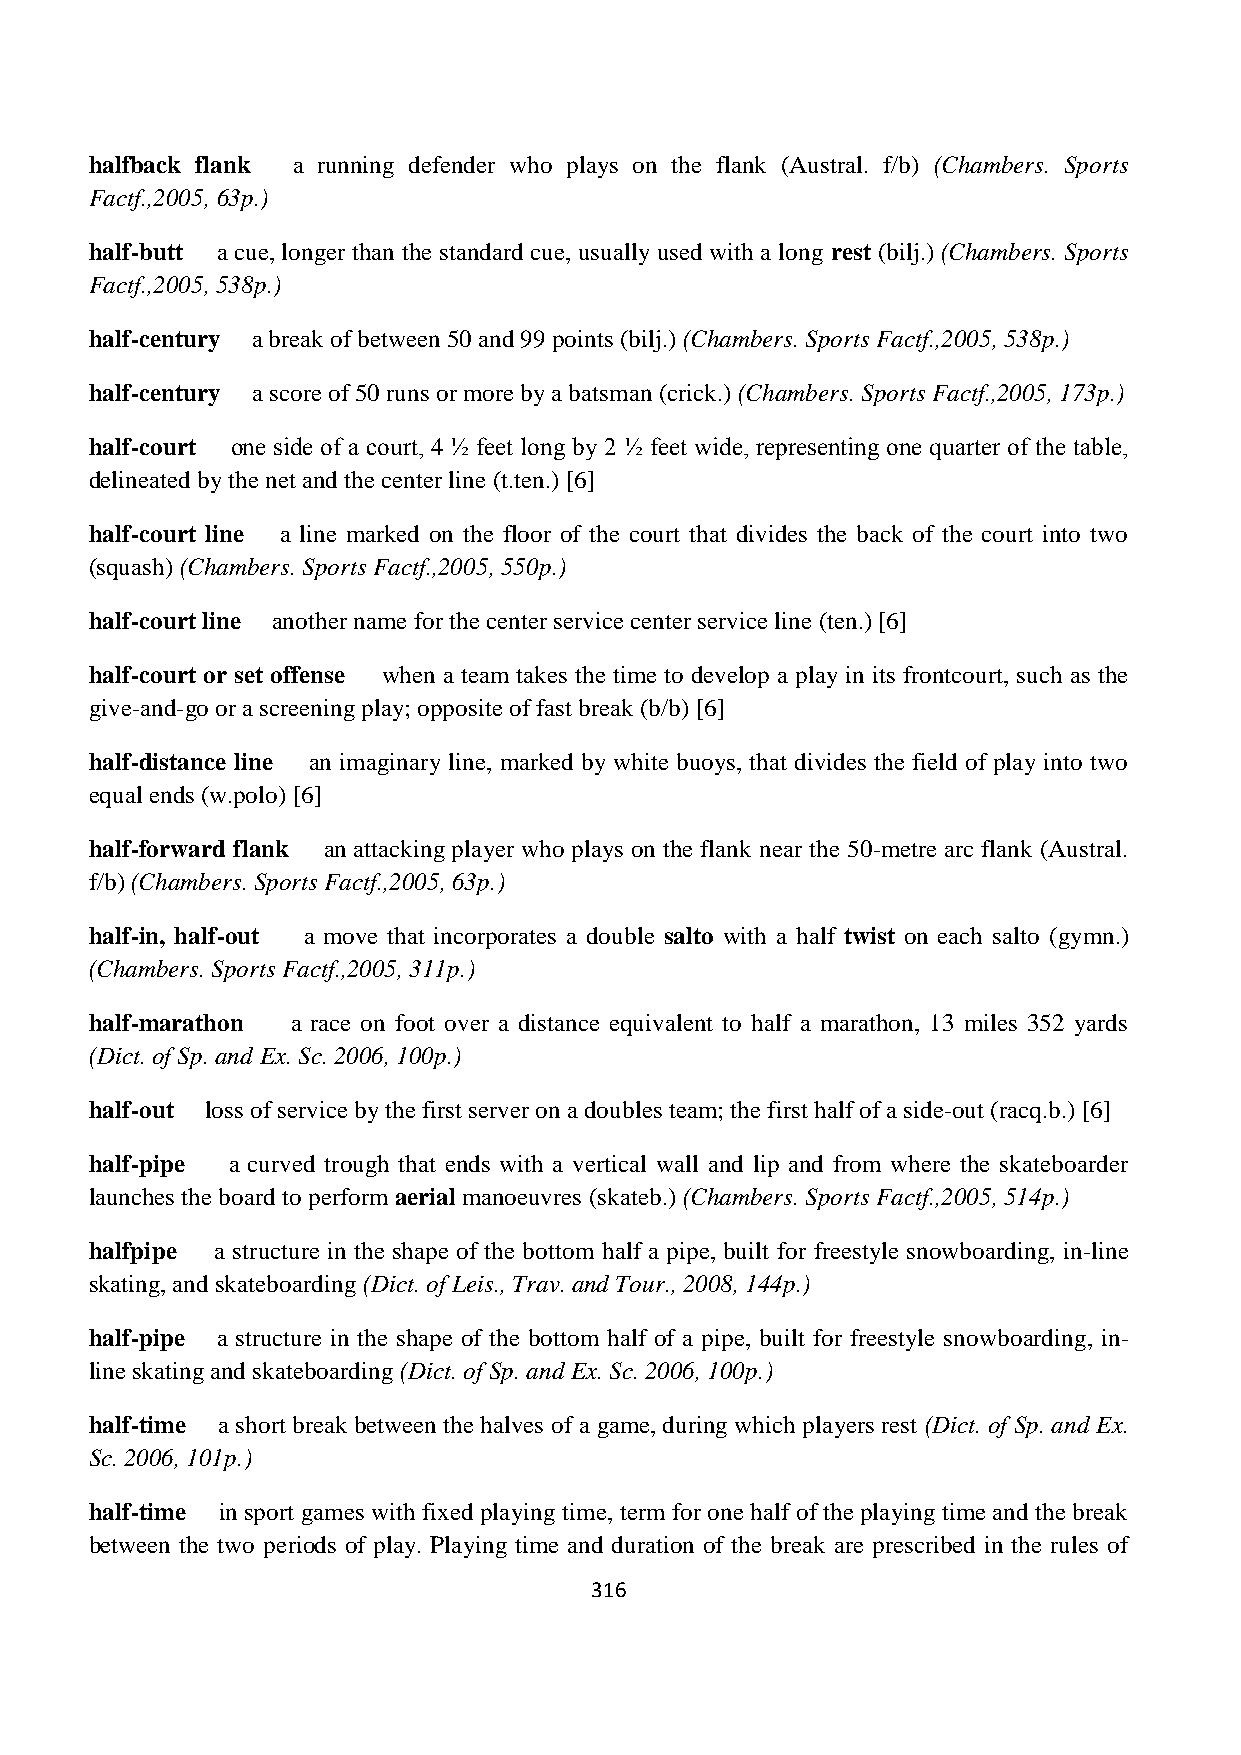
halfback flank a running defender who plays on the flank (Austral. f/b) (Chambers. Sports
 Factf.,2005, 63p.)
 half-butt a cue, longer than the standard cue, usually used with a long rest (bilj.) (Chambers. Sports
 Factf.,2005, 538p.)
 half-century a break of between 50 and 99 points (bilj.) (Chambers. Sports Factf.,2005, 538p.)
 half-century a score of 50 runs or more by a batsman (crick.) (Chambers. Sports Factf.,2005, 173p.)
 half-court one side of a court, 4 ½ feet long by 2 ½ feet wide, representing one quarter of the table,
 delineated by the net and the center line (t.ten.) [6]
 half-court line a line marked on the floor of the court that divides the back of the court into two
 (squash) (Chambers. Sports Factf.,2005, 550p.)
 half-court line another name for the center service center service line (ten.) [6]
 half-court or set offense when a team takes the time to develop a play in its frontcourt, such as the
 give-and-go or a screening play; opposite of fast break (b/b) [6]
 half-distance line an imaginary line, marked by white buoys, that divides the field of play into two
 equal ends (w.polo) [6]
 half-forward flank an attacking player who plays on the flank near the 50-metre arc flank (Austral.
 f/b) (Chambers. Sports Factf.,2005, 63p.)
 half-in, half-out a move that incorporates a double salto with a half twist on each salto (gymn.)
 (Chambers. Sports Factf.,2005, 311p.)
 half-marathon a race on foot over a distance equivalent to half a marathon, 13 miles 352 yards
 (Dict. of Sp. and Ex. Sc. 2006, 100p.)
 half-out loss of service by the first server on a doubles team; the first half of a side-out (racq.b.) [6]
 half-pipe a curved trough that ends with a vertical wall and lip and from where the skateboarder
 launches the board to perform aerial manoeuvres (skateb.) (Chambers. Sports Factf.,2005, 514p.)
 halfpipe a structure in the shape of the bottom half a pipe, built for freestyle snowboarding, in-line
 skating, and skateboarding (Dict. of Leis., Trav. and Tour., 2008, 144p.)
 half-pipe a structure in the shape of the bottom half of a pipe, built for freestyle snowboarding, in-
 line skating and skateboarding (Dict. of Sp. and Ex. Sc. 2006, 100p.)
 half-time a short break between the halves of a game, during which players rest (Dict. of Sp. and Ex.
 Sc. 2006, 101p.)
 half-time in sport games with fixed playing time, term for one half of the playing time and the break
 between the two periods of play. Playing time and duration of the break are prescribed in the rules of
 316